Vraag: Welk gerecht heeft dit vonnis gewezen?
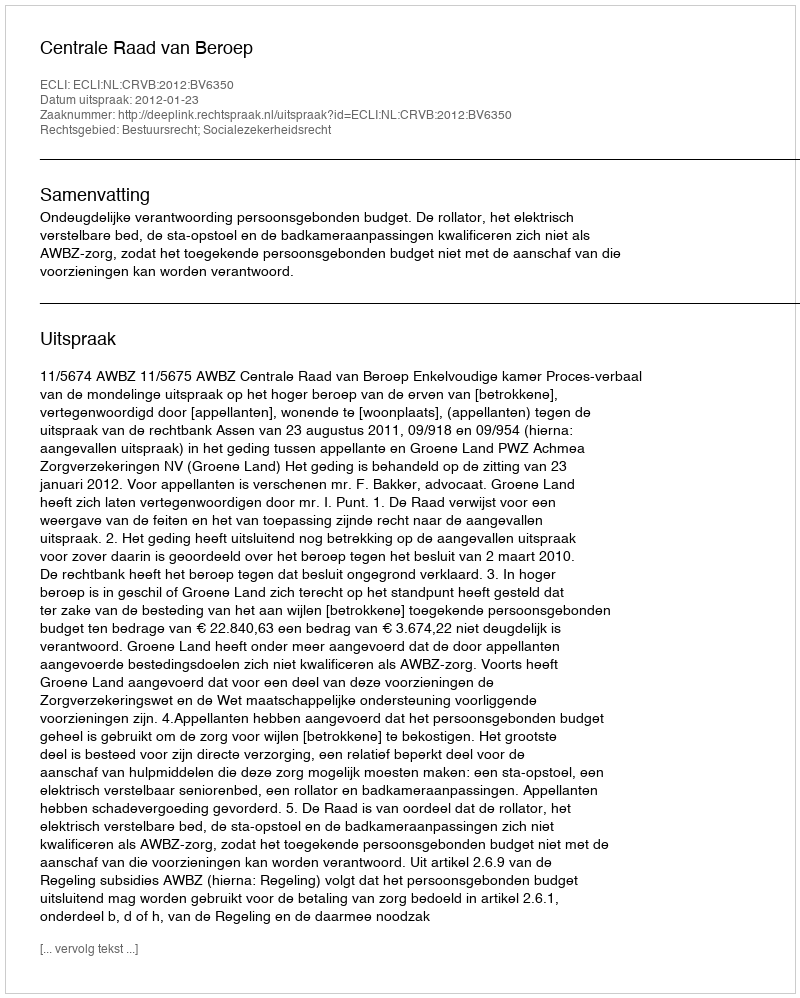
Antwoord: Centrale Raad van Beroep